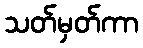
သတ်မှတ်ကာ